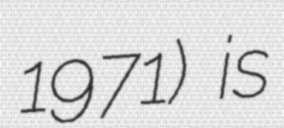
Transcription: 1971) is